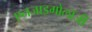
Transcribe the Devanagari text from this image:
एनजाइमोलॉजी